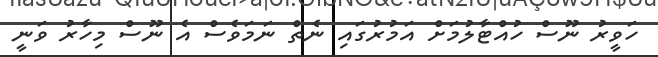
ހަވީރު ނޫސް ހުއްޓާލުމަށް އަމުރުގައި ނެތް ނަމަވެސް އެ ނޫސް މިހާރު ވަނީ